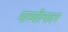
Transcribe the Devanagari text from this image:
मत्स्यॊत्पादन